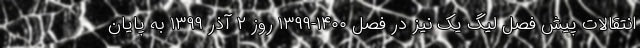
انتقالات پیش فصل لیگ یک نیز در فصل ۱۴۰۰-۱۳۹۹ روز ۲ آذر ۱۳۹۹ به پایان